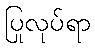
ပြုလုပ်ရာ